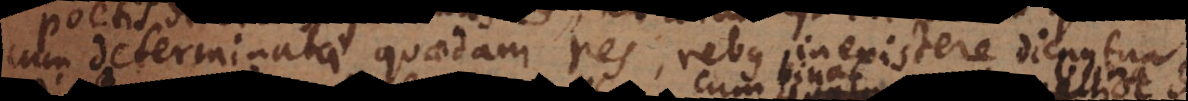
cum determinatae quaedam res, rebus inexistere dicantur.